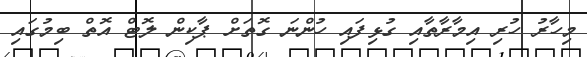
މިހާރު ހުރި އިމާރާތާއި ގުޅިފައި ހުންނަ ގޮތަށް ޕާކިން ލޮޓް އޮތް ބިމުގައި